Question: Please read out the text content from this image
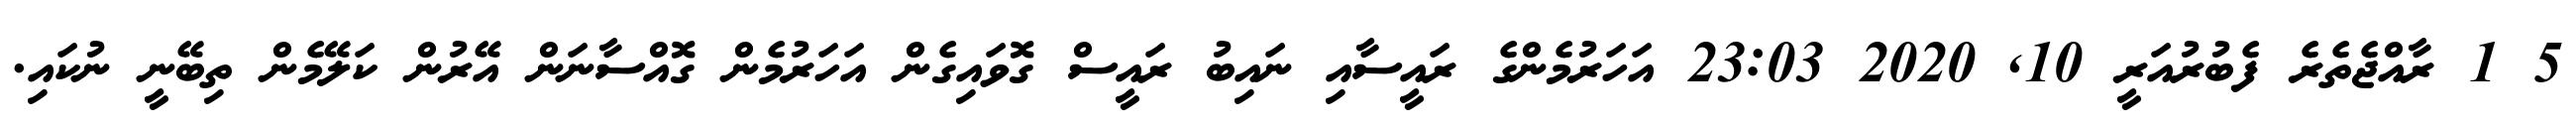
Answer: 5 1 ރާއްޖެތެރެ ފެބުރުއަރީ 10, 2020 23:03 އަހަރުމެންގެ ރައީސާއި ނައިބު ރައީސް ގޮވައިގެން އަހަރުމެން ގޮއްސާނަން އޭރުން ކަލޭމެން ތިބޭނީ ނުކައި.